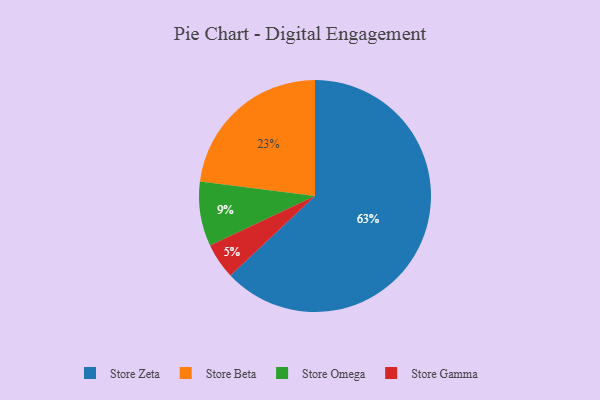
{"axis": {"x": "Category", "y": "Percentage"}, "legend": ["Store Beta", "Store Gamma", "Store Omega", "Store Zeta"], "data": [{"x": "Store Beta", "y": 23, "type": "Store Beta"}, {"x": "Store Omega", "y": 9, "type": "Store Omega"}, {"x": "Store Zeta", "y": 63, "type": "Store Zeta"}, {"x": "Store Gamma", "y": 5, "type": "Store Gamma"}]}